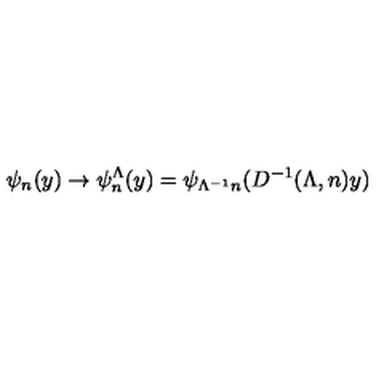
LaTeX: \psi _ { n } ( y ) \rightarrow \psi _ { n } ^ { \Lambda } ( y ) = \psi _ { \Lambda ^ { - 1 } n } ( D ^ { - 1 } ( \Lambda , n ) y )